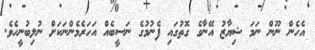
އެހެން ނޫން ނަމަ ޝިޔާޒު އޭނާގެ ގޮތުގައި ފެނުމުގެ ނަސީބެއް އަހަރެމެންނަކަށް ނުލިބުނީހެވެ.